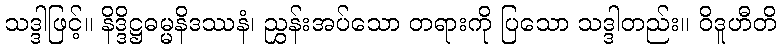
သဒ္ဒါဖြင့်။ နိဒ္ဒိဋ္ဌဓမ္မနိဒဿနံ၊ ညွှန်းအပ်သော တရားကို ပြသော သဒ္ဒါတည်း။ ဝိဒူဟီတိ